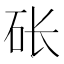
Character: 𱳱